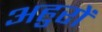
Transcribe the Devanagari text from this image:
अहुरों